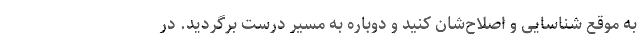
به موقع شناسایی و اصلاح‌شان کنید و دوباره به مسیر درست برگردید. در